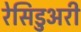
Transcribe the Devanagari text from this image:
रेसिडुअरी